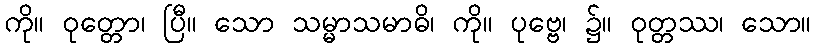
ကို။ ဝုတ္တော၊ ပြီ။ သော သမ္မာသမာဓိ၊ ကို။ ပုဗ္ဗေ၊ ၌။ ဝုတ္တဿ၊ သော။